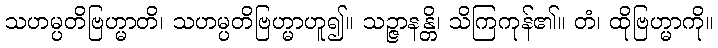
သဟမ္ပတိဗြဟ္မာတိ၊ သဟမ္ပတိဗြဟ္မာဟူ၍။ သဉ္ဇာနန္တိ၊ သိကြကုန်၏။ တံ၊ ထိုဗြဟ္မာကို။